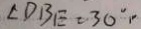
\angle D B E = 3 0 ^ { \circ } .